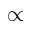
\propto